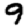
Digit: 9